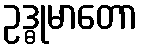
ဥဒ္ဓုမာတော